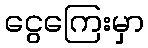
ငွေကြေးမှာ